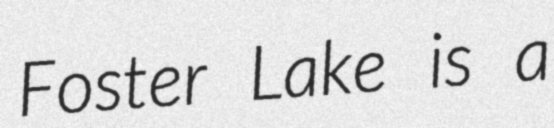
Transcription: Foster Lake is a